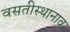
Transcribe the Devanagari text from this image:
वसतीस्थानावर